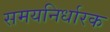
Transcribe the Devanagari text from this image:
समयनिर्धारक